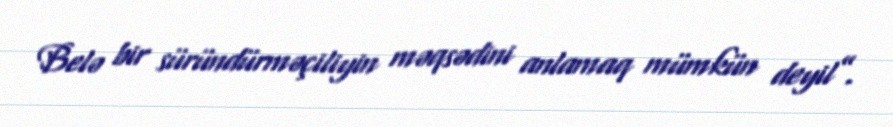
Belə bir süründürməçiliyin məqsədini anlamaq mümkün deyil”.